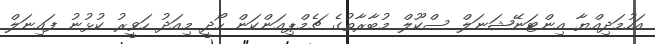
އަހުމަދިއްޔާ އިންޓަނޭޝަނަލް ސްކޫލް މުބާރާތުގެ ޗެމްޕިއަންކަން ހޯދީ މިއަދު ހަވީރު ކުޅުނު ފައިނަލް